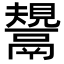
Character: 鬹